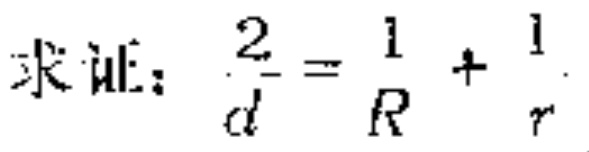
求证：$\frac{2}{d}=\frac{1}{R}+\frac{1}{r}$